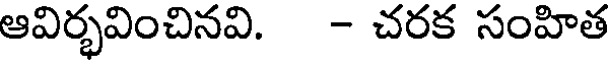
ఆవిర్భవించినవి. - చరక సంహిత